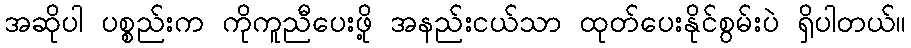
အဆိုပါ ပစ္စည်းက ကိုကူညီပေးဖို့ အနည်းငယ်သာ ထုတ်ပေးနိုင်စွမ်းပဲ ရှိပါတယ်။